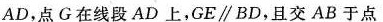
AD，点G在线段AD上，GE\parallel BD，且交AB于点